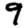
Digit: 9